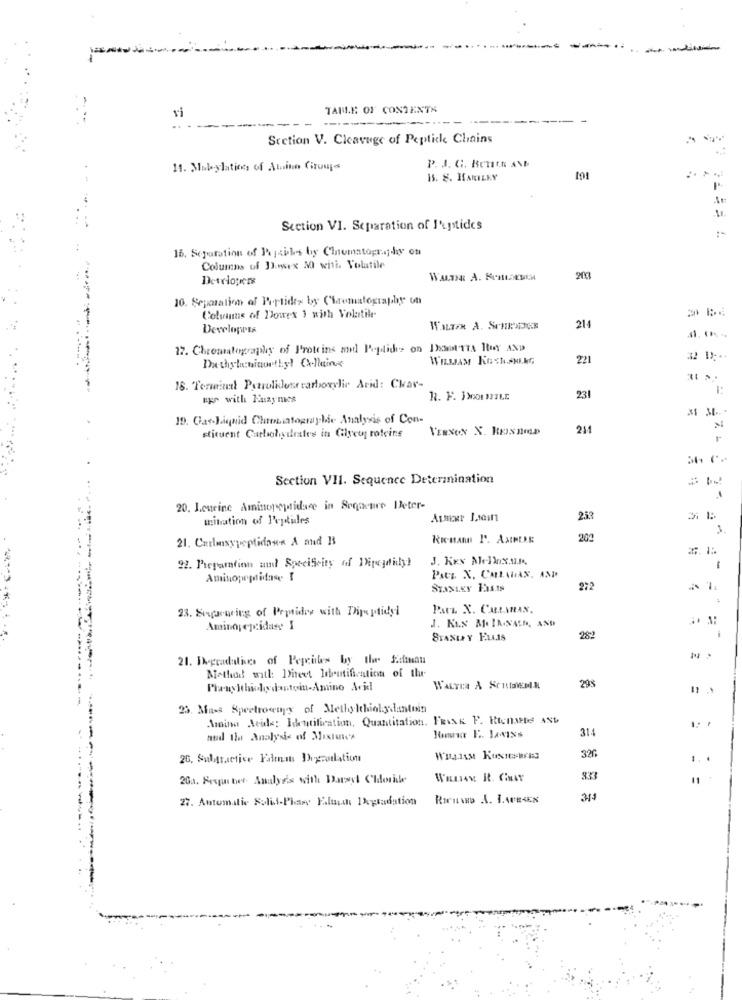
TABLE OF CONTENTS
--
..
Section V. Cleavage of Peptic Chains
11. Mubylations of Atuito Groupes
P. 3. G. Berth AND
15. S. HARILKY
191
41
Section VI. Separation of J'ptides
16. Separation of Pojsiles by Cinematography on
Columns of Desex 30 with Volatile
Detelopers
WALTHER A. KILOEUCH
203
10. Sepcation of Partides by Chromatography un
Columns of Douex 1 with Volatile
Developers
WALTER A. SCHRDOCE
214
12. Chromatography of Proteins and Peptides on DantTTA Hat AND
WILLIAM KGCH.SHING
221
Dachytenianthyl Calleins
18. Tenmeint Patrolidont carboxylic Acid: Char-
apr with Euzymes
231
19. Gas-Liquid Chromatographie Analysis of Con-
VERNON X. RENAUD
211
stituent Carbohydrates in Glyett roteins
Section VII. Sequence Determination
20. Lcucine Aminopeptidace in Segacare Deter-
mitation of Peptides
233
3
21. Carboxypeptidos-« A and B
Riemann 1º. AMHERE
200
22. Preparation and Specificity of Dipeydily!
-
Aminopeptidase I
Pats. X. CALLAHAN, AND
Staxuxy Fas.ts
272
23. Supering of Peptides with Dipeptidy
ParL X. CALLARAN.
J. KLX M. IN.NALO, AND
Aminopeptidase I
STANLEY ELLIS
282
21. IN-gcadalives of Pepecitles by the Sidinan
....
Method with: Theet Identification of the
WALTER A SCHIDIEMN
23. Mass Spectrocopy of Methylthiolydantoin
Amino Aeule: Identification, Quantitation. FRISK P. Rtenute AND
314
and the Analysis of Mixdaw's
320
2G, Subpractice Fadumas Decoration
...
20a. Frsurber. Analysis with Dasyl Chlorile
833
11
27. Automatic Solid-Phare Faluche PAgtadation
313